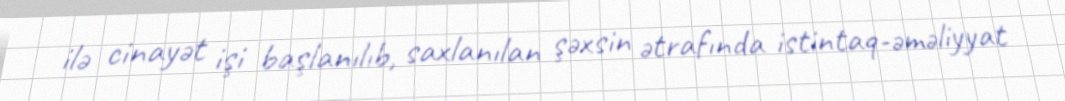
ilə cinayət işi başlanılıb, saxlanılan şəxsin ətrafında istintaq-əməliyyat